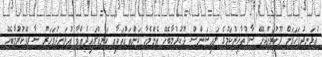
އުޅަނދުފަހަރަށް ދޫކުރަންޖެހޭ ސާފުތާހިރުކަމުގެ ލައިސަންސް ދޫކުރުމާބެހޭ އެންމެހާ ކަންތައްތަކާއި ކަނޑުގައިދުއްވާ އުޅަނދުފަހަރު ސާރވޭކުރުމާބެހޭ